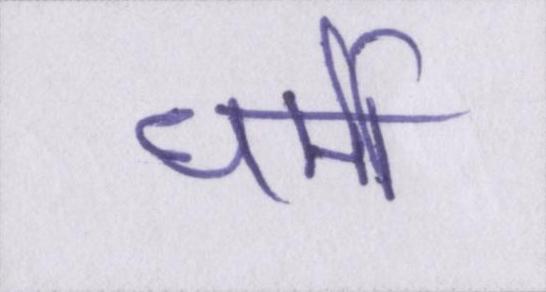
धर्मी